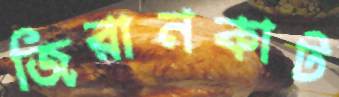
জিরানকাট